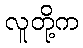
လူတို့က